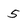
Character: 5